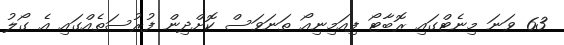
63 ވަނަ މިނެޓްގައި ރޮބާޓޯ ފިއަމިނިއޯ ތަނަވަސް ކޮށްދިން ފުރުސަތެއްގައި އެ ގޯލު